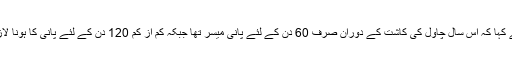
انہوں نے کہا کہ اس سال چاول کی کاشت کے دوران صرف 60 دن کے لئے پانی میسر تھا جبکہ کم از کم 120 دن کے لئے پانی کا ہونا لازمی ہے۔